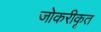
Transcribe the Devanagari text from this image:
जोकरीकृत